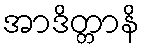
အာဒိတ္တာနိ